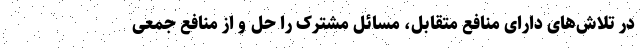
در تلاش‌های دارای منافع متقابل، مسائل مشترک را حل و از منافع جمعی